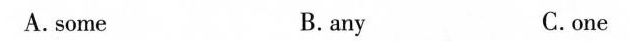
A.some B. any C.one